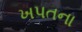
ખપતના